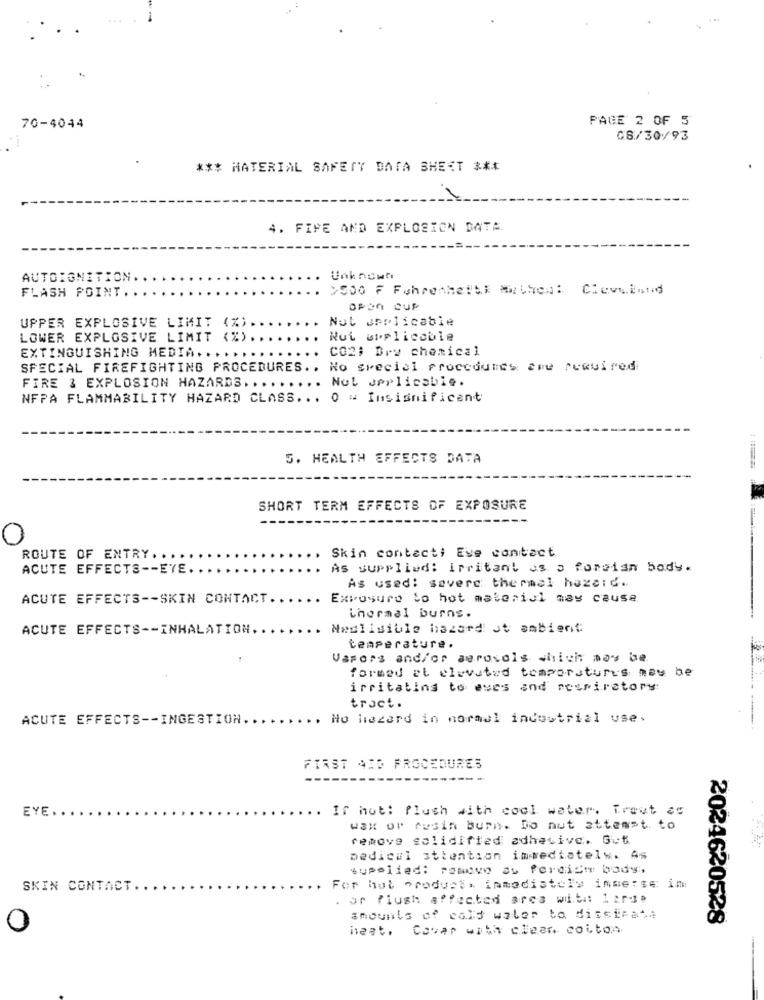
70-4044
PAGE 2 OF 5
08/30/93
*** MATERIAL SAFETY DATA SHEET ***
4. FIPE AND EXPLOSION DATA.
AUTOIGNITION
Unknown
FLASH POINT.
2500 F Fahrenheits Method: Cleveland
open Cup
UPPER EXPLOSIVE LIMIT (%).
Not applicable
LOWER EXPLOSIVE LIMIT (%).
Nut urplicoble
EXTINGUISHING MEDIA. ...
CO2: Dry chemical
SPECIAL FIREFIGHTING PROCEDURES .. No special procedures are required
.. Not applicable.
FIRE 3 EXPLOSION HAZARDS ......
NFPA FLAMMABILITY HAZARD CLASS ... 0 - Insignificant
S. HEALTH EFFECTS DATA
SHORT TERM EFFECTS OF EXPOSURE
O
Skin contact: Eve contact
ROUTE OF ENTRY ...
ACUTE EFFECTS -- EYE.
As supplied: irritant as a foreign body.
As used: savere thermel hazard ..
ACUTE EFFECTS -- SKIN CONTACT.
Exposure to hot material may cause
thermal burns.
ACUTE EFFECTS -- INHALATION.
Nedlisible hazard Jt ambient:
temperature.
Varors and/or aerosols which may be
formed at elevated temperatures may be
irritating to aves and respiratory
tract.
ACUTE EFFECTS -- INGESTION ..
. Ho hazard in normal industrial use.
FIRST AID PROCEDURES
EYE ...
.. If hut: flush with cool water. Trout as
wax or rusin burn. Do nut attempt to
remove solidified adhesive. Gut
medical attention immediately. As
supplied: pomevo as Peroich body.
SKIN CONTACT.
For bat products immediately immerse im
. or flush affected area with: 1 aria
amounts of cold water to dissieat.
2024620528
O
hest. Cavar with clear. colton